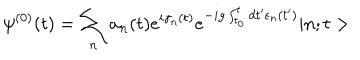
LaTeX: \psi ^ { ( 0 ) } ( t ) = \sum _ { n } a _ { n } ( t ) e ^ { i \gamma _ { n } ( t ) } e ^ { - i g \int _ { t _ { 0 } } ^ { t } d t ^ { \prime } \epsilon _ { n } ( t ^ { \prime } ) } | n ; t >